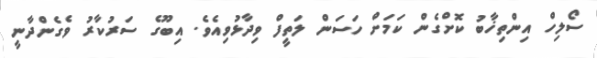
ސޯލިހް އިންތިޚާބު ކޮށްގެން ކަމަށް ހަސަން ލަތީފް ވިދާޅުވިއެވެ. އިބޫގެ ސަރުކާރު ވެގެންދާނީ